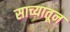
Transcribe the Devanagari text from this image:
साच्यातून